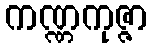
ကဏ္ဏကုဇ္ဇာ